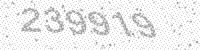
Solution: 239919